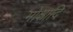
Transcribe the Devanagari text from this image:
मोक्षादि